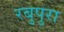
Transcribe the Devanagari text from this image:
रबुपुरा